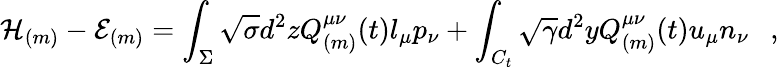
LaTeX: {\cal H}_{(m)}-{\cal E}_{(m)}=\int_{\Sigma}\sqrt{\sigma}d^{2}zQ_{(m)}^{\mu\nu}(t)l_{\mu}p_{\nu}+\int_{C_{t}}\sqrt{\gamma}d^{2}yQ_{(m)}^{\mu\nu}(t)u_{\mu}n_{\nu}~~~,